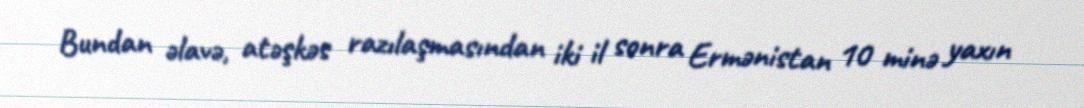
Bundan əlavə, atəşkəs razılaşmasından iki il sonra Ermənistan 10 minə yaxın